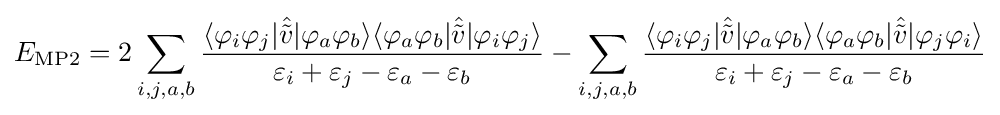
{\begin{aligned}E_{\text{MP2}}&=2\sum _{i,j,a,b}{\frac {\langle \varphi _{i}\varphi _{j}|{\hat {\tilde {v}}}|\varphi _{a}\varphi _{b}\rangle \langle \varphi _{a}\varphi _{b}|{\hat {\tilde {v}}}|\varphi _{i}\varphi _{j}\rangle }{\varepsilon _{i}+\varepsilon _{j}-\varepsilon _{a}-\varepsilon _{b}}}-\sum _{i,j,a,b}{\frac {\langle \varphi _{i}\varphi _{j}|{\hat {\tilde {v}}}|\varphi _{a}\varphi _{b}\rangle \langle \varphi _{a}\varphi _{b}|{\hat {\tilde {v}}}|\varphi _{j}\varphi _{i}\rangle }{\varepsilon _{i}+\varepsilon _{j}-\varepsilon _{a}-\varepsilon _{b}}}\\\end{aligned}}